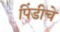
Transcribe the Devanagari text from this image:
पिंडीचे